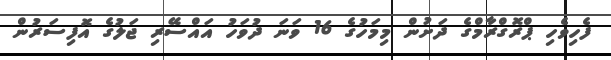
ފެހިވެހި ޕްރޮގްރާމްގެ ދަށުން މިމަހުގެ 16 ވަނަ ދުވަހު އައްސޭރި ޖަލުގެ އޮފިސަރުން